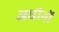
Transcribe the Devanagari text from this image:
अधीनों